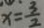
x = \frac { 3 } { 2 }